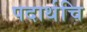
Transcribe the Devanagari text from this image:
पदार्थचि